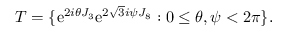
T = \{ \mathrm { e } ^ { 2 i \theta J _ { 3 } } \mathrm { e } ^ { 2 \sqrt { 3 } i \psi J _ { 8 } } : 0 \leq \theta , \psi < 2 \pi \} .